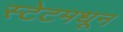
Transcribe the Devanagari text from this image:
स्टेटमधून